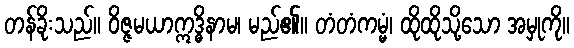
တန်ခိုးသည်။ ဝိဇ္ဇမယာဣဒ္ဓိနာမ၊ မည်၏။ တံတံကမ္မံ၊ ထိုထိုသို့သော အမှုကို။